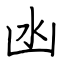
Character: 凼